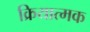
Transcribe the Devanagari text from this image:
क्रियात्‍मक